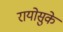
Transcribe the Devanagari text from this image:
रायोसुके